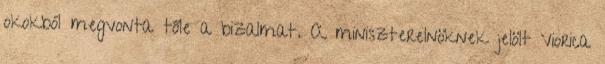
okokból megvonta tőle a bizalmat. A miniszterelnöknek jelölt Viorica